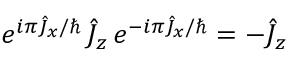
e ^ { i \pi \hat { J } _ { x } / \hbar } \, \hat { J } _ { z } \, e ^ { - i \pi \hat { J } _ { x } / \hbar } = - \hat { J } _ { z }